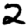
Digit: 2